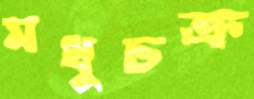
মধুচক্র